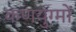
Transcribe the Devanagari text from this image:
कणयुग्मों